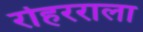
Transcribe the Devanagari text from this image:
रोहरराला